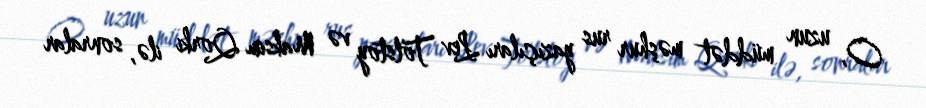
O, uzun müddət məşhur rus yazıçıları Lev Tolstoy və Maksim Qorki ilə, sonralar